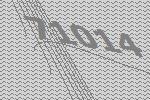
71014